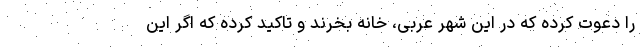
را دعوت کرده که در این شهر عربی، خانه بخرند و تاکید کرده که اگر این